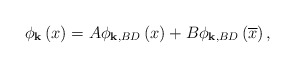
\begin{align*}\phi _{\mathbf{k}}\left( x\right) =A\phi _{\mathbf{k,}BD}\left( x\right)+B\phi _{\mathbf{k,}BD}\left( \overline{x}\right) ,\end{align*}